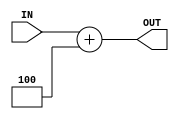
`timescale 1ns / 1ps

module ADDER_4(IN,OUT
    );
input  [31:0] IN;
output [31:0] OUT;
//reg    [31:0] OUT;

	
		assign #0.01 OUT = IN +3'b100;

	endmodule